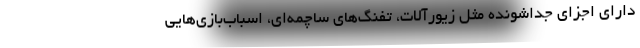
دارای اجزای جداشونده مثل زیورآلات، تفنگ‌های ساچمه‌ای، اسباب‌بازی‌هایی